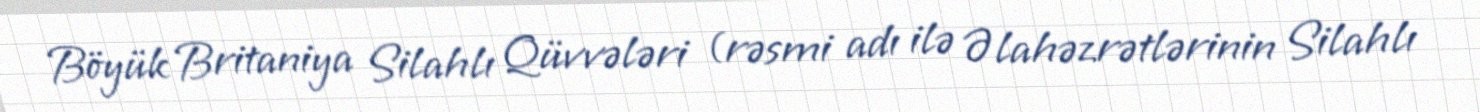
Böyük Britaniya Silahlı Qüvvələri (rəsmi adı ilə Əlahəzrətlərinin Silahlı